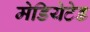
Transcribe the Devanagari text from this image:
मेडियेटेड